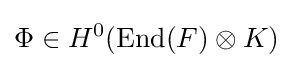
\Phi \in H^{0}(\operatorname {End} (F)\otimes K)